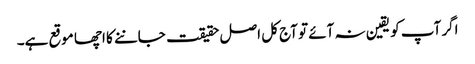
اگر آپ کو یقین نہ آئے تو آج کل اصل حقیقت جاننے کا اچھا موقع ہے۔